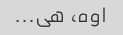
اوه، هی...